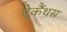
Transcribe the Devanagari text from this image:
ऐकैंथस